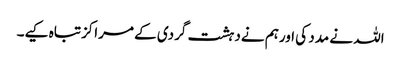
اللہ نے مدد کی اورہم نےدہشت گردی کے مراکزتباہ کیے۔